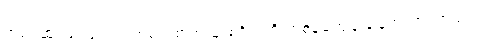
အရင်ဆုံး ခင်ဗျားရဲ့ တစ်လစာအသုံးစရိတ်ကို တစ်ခုမကျန် ချမှတ်ထားကြည့်ပါ။